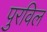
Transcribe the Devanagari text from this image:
पुरविल